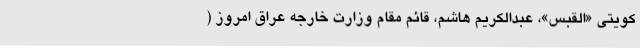
کویتی «القبس»، عبدالکریم هاشم، قائم مقام وزارت خارجه عراق امروز (